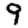
Digit: 9